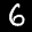
Label: 6